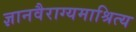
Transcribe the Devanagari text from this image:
ज्ञानवैराग्यमाश्रित्य